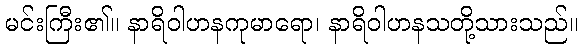
မင်းကြီး၏။ နာရိဝါဟနကုမာရော၊ နာရိဝါဟနသတို့သားသည်။